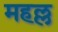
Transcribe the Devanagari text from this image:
महल्ल